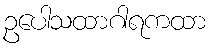
ဥပေါသထာဂါရကထာ